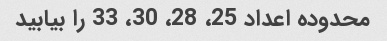
محدوده اعداد 25، 28، 30، 33 را بیابید